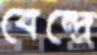
বেন্দ্রে